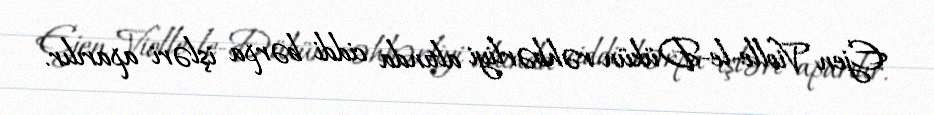
Ejen Violle-le-Dükün rəhbərliyi altında ciddi bərpa işləri aparılır.